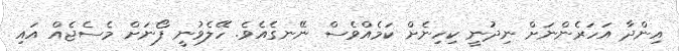
އިންދާ އަހަރެންނަށް ނިދުނީ ކިހިނެށް ކަމެއްވެސް ނޭނގެއެވެ. ހޭލެވުނީ ފޯނަށް މެސެޖެއް އައި